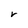
Character: r